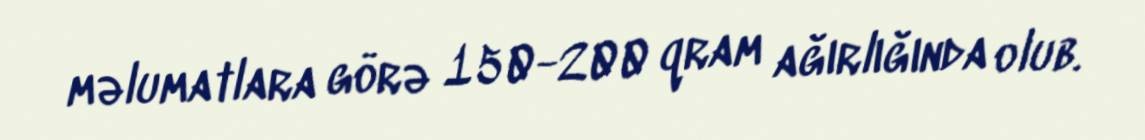
məlumatlara görə 150-200 qram ağırlığında olub.